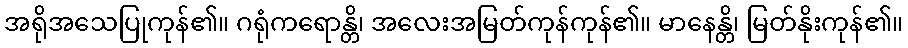
အရိုအသေပြုကုန်၏။ ဂရုံကရောန္တိ၊ အလေးအမြတ်ကုန်ကုန်၏။ မာနေန္တိ၊ မြတ်နိုးကုန်၏။